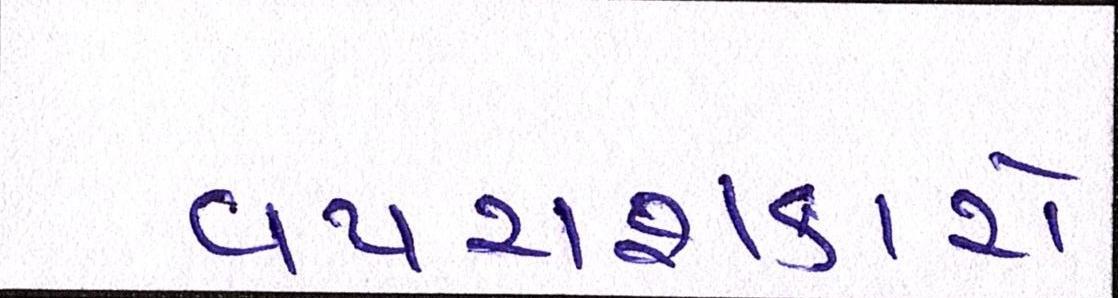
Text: વપરાશકારો